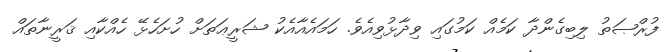
ފުރްޞަތު ލިބިގެންދާ ކަމެއް ކަމުގައި ވިދާޅުވިއެވެ. ހަމައެއާއެކު ޝަރީޢަތަށް ހުށަހެޅޭ ހެއްކާއި ޤަރީނާތައް